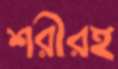
শরীরই